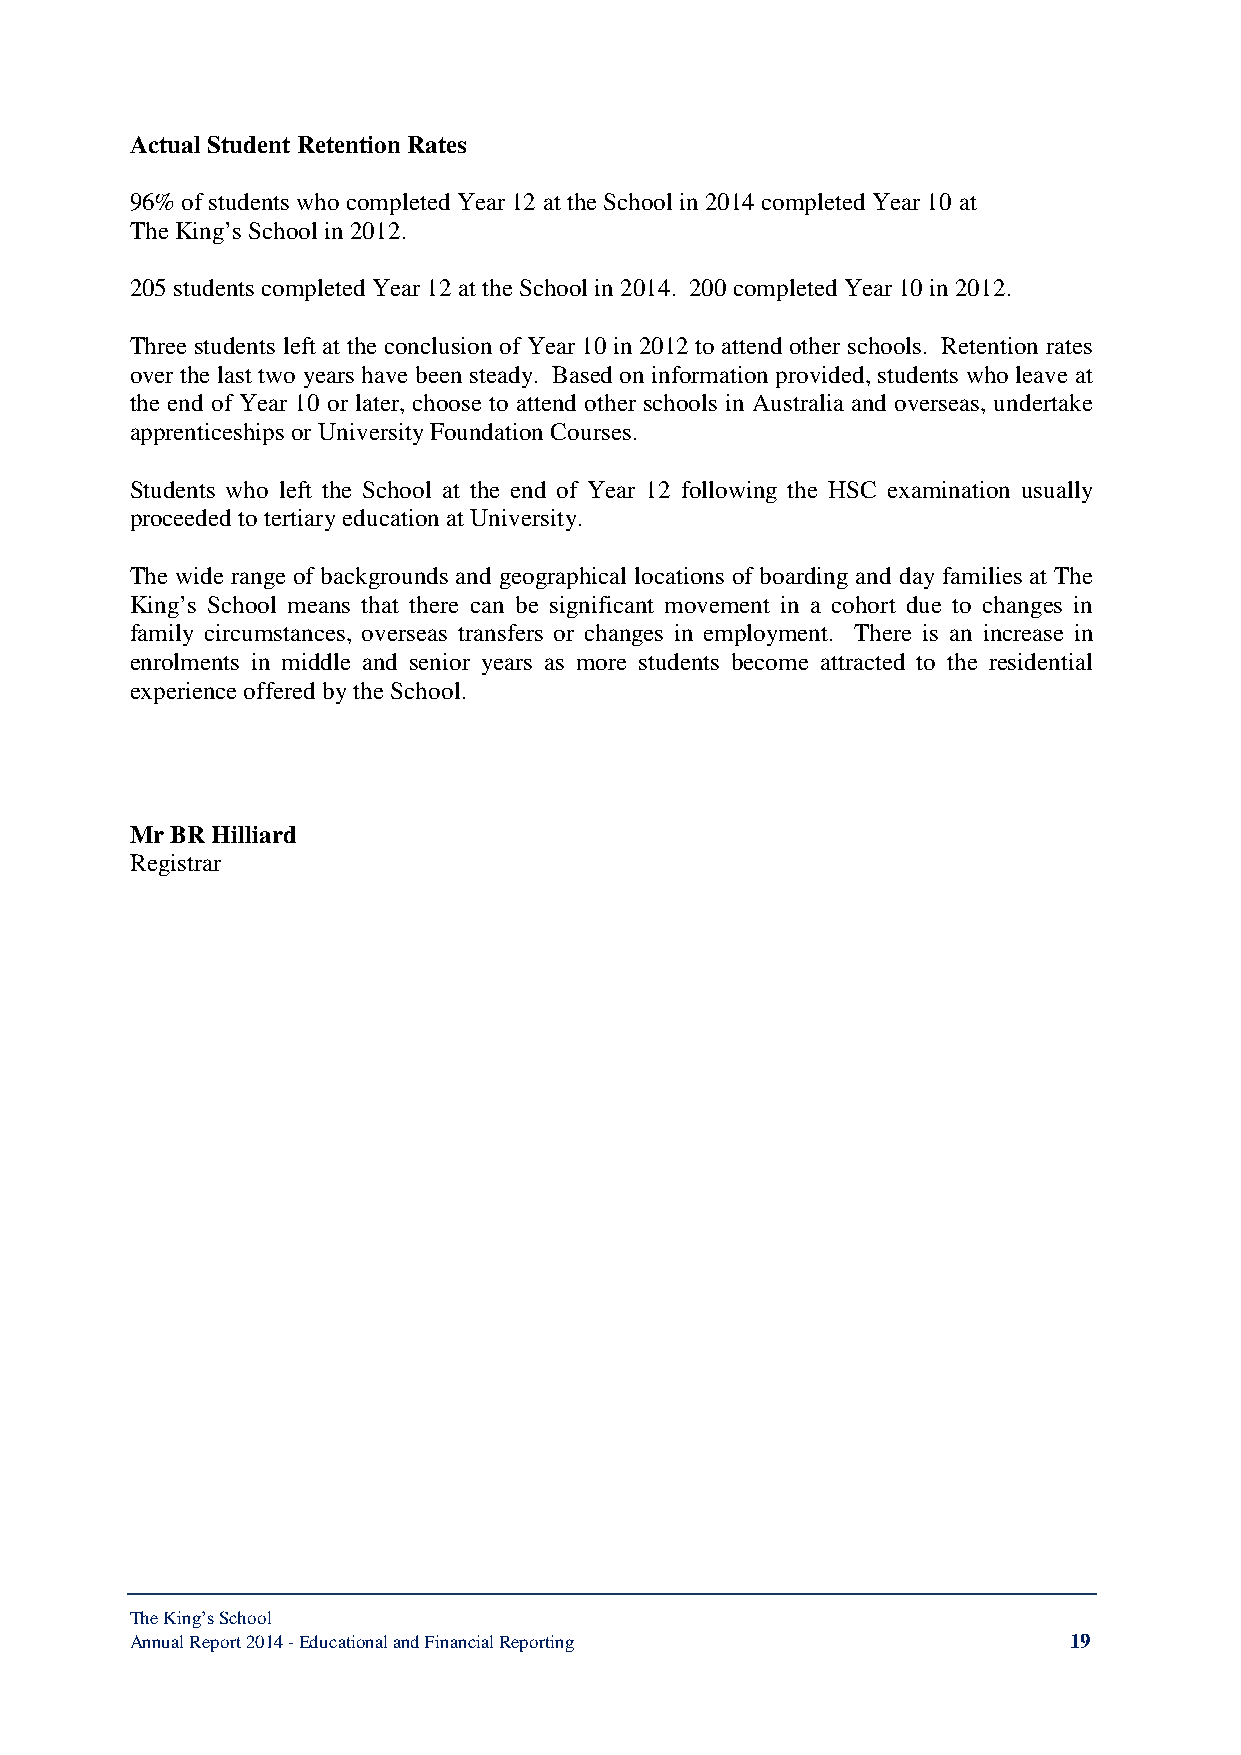
Actual Student Retention Rates
 96% of students who completed Year 12 at the School in 2014 completed Year 10 at
 The King’s School in 2012.
 205 students completed Year 12 at the School in 2014. 200 completed Year 10 in 2012.
 Three students left at the conclusion of Year 10 in 2012 to attend other schools. Retention rates
 over the last two years have been steady. Based on information provided, students who leave at
 the end of Year 10 or later, choose to attend other schools in Australia and overseas, undertake
 apprenticeships or University Foundation Courses.
 Students who left the School at the end of Year 12 following the HSC examination usually
 proceeded to tertiary education at University.
 The wide range of backgrounds and geographical locations of boarding and day families at The
 King’s School means that there can be significant movement in a cohort due to changes in
 family circumstances, overseas transfers or changes in employment. There is an increase in
 enrolments in middle and senior years as more students become attracted to the residential
 experience offered by the School.
 Mr BR Hilliard
 Registrar
 The King’s School
 Annual Report 2014 - Educational and Financial Reporting      19